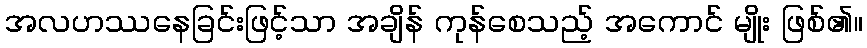
အလဟဿနေခြင်းဖြင့်သာ အချိန် ကုန်စေသည့် အကောင် မျိုး ဖြစ်၏။